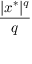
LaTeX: \frac { | x ^ { * } | ^ { q } } { q }